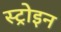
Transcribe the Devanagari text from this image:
स्ट्रोइन